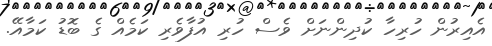
އެއިރުން ހުރިހާ ކުދިންނަށް ވެސް ހުރި އުފާވެރި ކަމެއް ގެ ބޮޑު ކަމާއޭ.